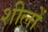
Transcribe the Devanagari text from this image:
शीलों